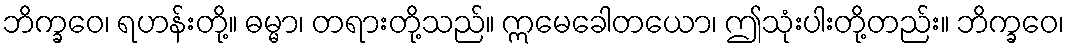
ဘိက္ခဝေ၊ ရဟန်းတို့။ ဓမ္မာ၊ တရားတို့သည်။ ဣမေခေါတယော၊ ဤသုံးပါးတို့တည်း။ ဘိက္ခဝေ၊